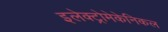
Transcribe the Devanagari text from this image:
इलेक्ट्रोमेकेनिकल